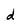
Character: d